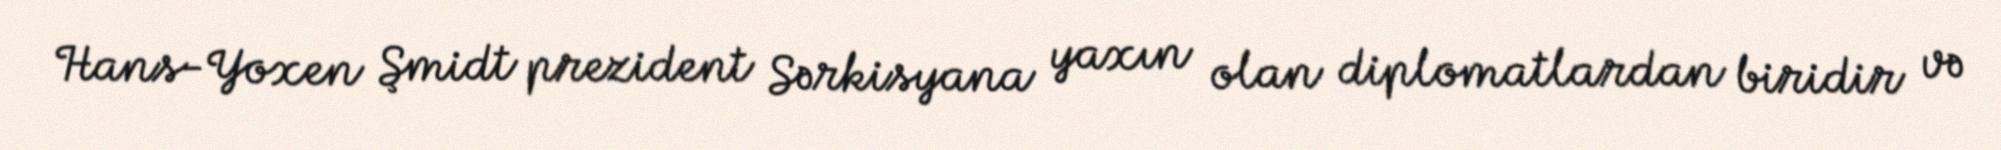
Hans-Yoxen Şmidt prezident Sərkisyana yaxın olan diplomatlardan biridir və